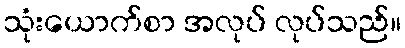
သုံးယောက်စာ အလုပ် လုပ်သည်။